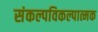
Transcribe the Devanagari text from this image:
संकल्पविकल्पात्मक